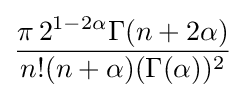
{\frac {\pi \,2^{1-2\alpha }\Gamma (n+2\alpha )}{n!(n+\alpha )(\Gamma (\alpha ))^{2}}}